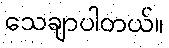
သေချာပါတယ်။